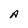
Character: A